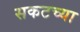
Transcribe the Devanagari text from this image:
सकटच्या